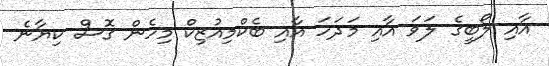
އާއި ލޯބީގެ ލަވަ އާއި މަދަހަ އާއި ބެކްމިއުޒިކް މިހެން ގޮސް ކިޔާނެ